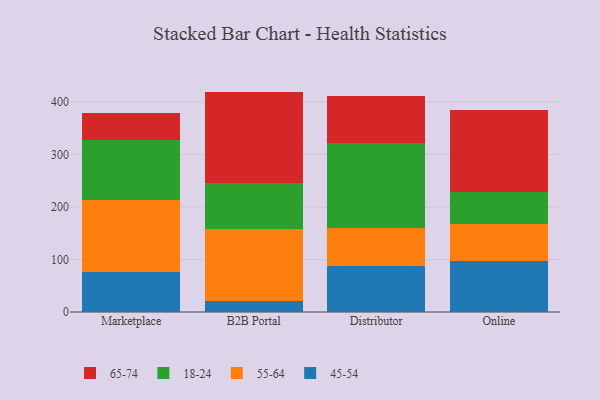
{"axis": {"x": "Channel", "y": "Shipments"}, "legend": ["18-24", "45-54", "55-64", "65-74"], "data": [{"x": "Marketplace", "y": 76.2, "type": "45-54"}, {"x": "Marketplace", "y": 137.1, "type": "55-64"}, {"x": "Marketplace", "y": 115.1, "type": "18-24"}, {"x": "Marketplace", "y": 51.4, "type": "65-74"}, {"x": "B2B Portal", "y": 21.3, "type": "45-54"}, {"x": "B2B Portal", "y": 136.0, "type": "55-64"}, {"x": "B2B Portal", "y": 89.2, "type": "18-24"}, {"x": "B2B Portal", "y": 173.3, "type": "65-74"}, {"x": "Distributor", "y": 88.5, "type": "45-54"}, {"x": "Distributor", "y": 72.3, "type": "55-64"}, {"x": "Distributor", "y": 161.7, "type": "18-24"}, {"x": "Distributor", "y": 89.4, "type": "65-74"}, {"x": "Online", "y": 97.5, "type": "45-54"}, {"x": "Online", "y": 70.3, "type": "55-64"}, {"x": "Online", "y": 60.1, "type": "18-24"}, {"x": "Online", "y": 157.6, "type": "65-74"}]}